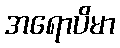
အရောပိမာ